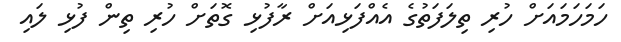
ހަމަހަމައަށް ހުރި ތިލަފަތުގެ އެއްފަޅިއަށް ރާފުޅި ގޮތަށް ހުރި ތިން ފުޅި ލައި